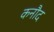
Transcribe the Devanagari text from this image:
कनौद